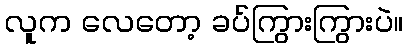
လူက လေတော့ ခပ်ကြွားကြွားပဲ။